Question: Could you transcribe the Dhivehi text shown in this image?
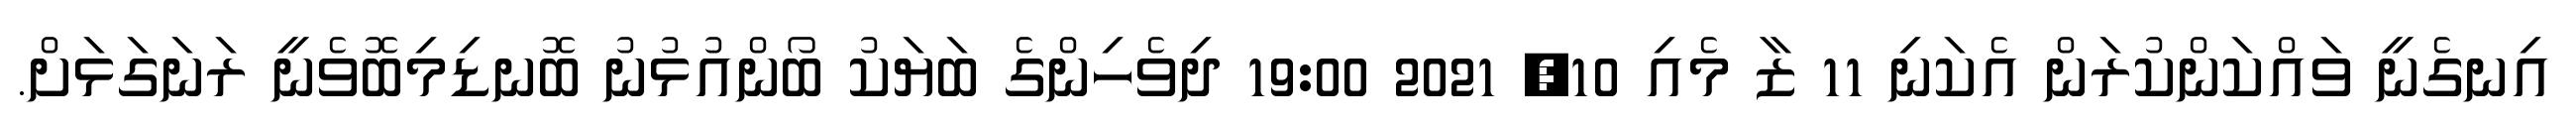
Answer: އިނގެނީ ވައްކަންކުރަން އެކަނި 11 ޒާ މެއި 10, 2021 19:00 ދިވެހިންގެ ބަޔަކު ބޯންއުޅުނު ބޮނޑިމިބޮވެނީ ރަނަގަޅަށް.